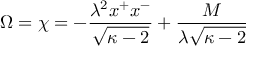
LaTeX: \Omega = \chi = - \frac { \lambda ^ { 2 } x ^ { + } x ^ { - } } { \sqrt { \kappa - 2 } } + \frac { M } { \lambda \sqrt { \kappa - 2 } }